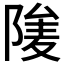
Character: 𨺮